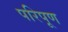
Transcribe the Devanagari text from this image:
परिपूण